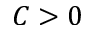
C > 0